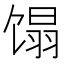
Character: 𬳉